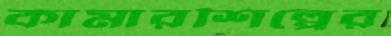
কামারশিল্পের